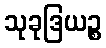
သုခုဒြယဉ္စ